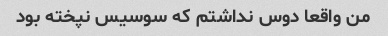
من واقعا دوس نداشتم که سوسیس نپخته بود